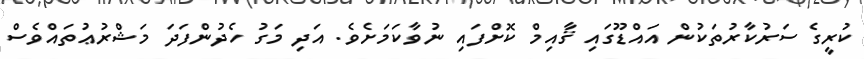
ކުރީގެ ސަރުކާރުތަކުން އައްޑޫގައި ޤާއިމް ކޮށްފައި ނުވާކަމަށެވެ. އަދި މަގު ހެދުންފަދަ މަޝްރުޢުތައްވެސް